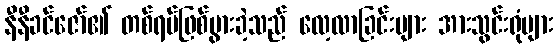
နီနီခင်ဇော်၏ တစ်ရပ်ဖြစ်ပွားခဲ့သည် လေ့လာခြင်းများ အားသွင်းရုံများ